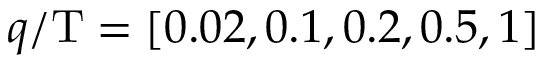
q / \mathrm { T } = [ 0 . 0 2 , 0 . 1 , 0 . 2 , 0 . 5 , 1 ]